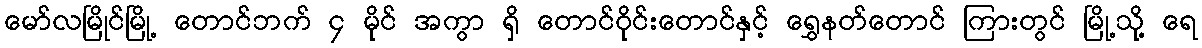
မော်လမြိုင်မြို့ တောင်ဘက် ၄ မိုင် အကွာ ရှိ တောင်ဝိုင်းတောင်နှင့် ရွှေနတ်တောင် ကြားတွင် မြို့သို့ ရေ